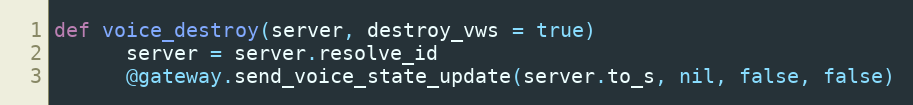
Language: Ruby
def voice_destroy(server, destroy_vws = true)
      server = server.resolve_id
      @gateway.send_voice_state_update(server.to_s, nil, false, false)